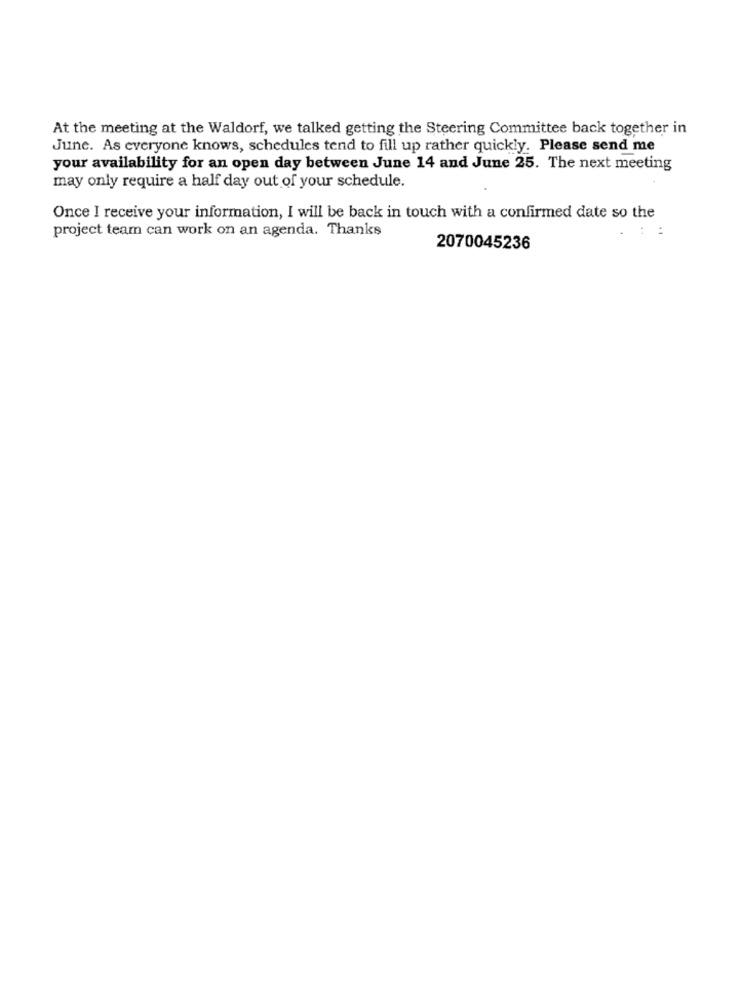
At the meeting at the Waldorf, we talked getting the Steering Committee back together in
June. As everyone knows, schedules tend to fill up rather quickly. Please send me
your availability for an open day between June 14 and June 25. The next meeting
may only require a half day out of your schedule.
Once I receive your information, I will be back in touch with a confirmed date so the
project team can work on an agenda. Thanks
: :
2070045236